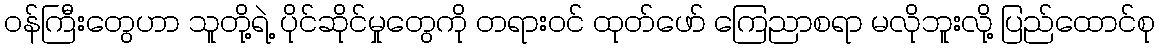
ဝန်ကြီးတွေဟာ သူတို့ရဲ့ ပိုင်ဆိုင်မှုတွေကို တရားဝင် ထုတ်ဖော် ကြေညာစရာ မလိုဘူးလို့ ပြည်ထောင်စု